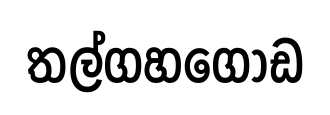
තල්ගහගොඩ